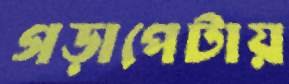
গড়াপেটায়